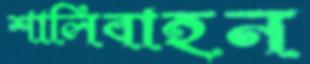
শালিবাহন